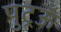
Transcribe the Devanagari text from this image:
पुट्रऊँ